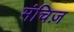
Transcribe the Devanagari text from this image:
मंचिज़